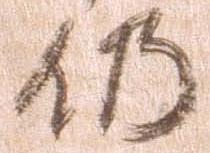
仍